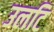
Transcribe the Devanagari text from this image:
उलटि